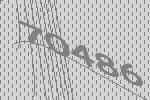
70486